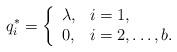
LaTeX: \begin{align*}q_i^* = \left\{\begin{array}{ll} \lambda, & i = 1, \\0, & i = 2, \dots, b. \end{array} \right.\end{align*}